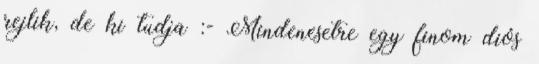
rejlik, de ki tudja :- Mindenesetre egy finom diós